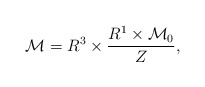
\begin{align*}{\cal M } = R^3 \times \frac{R^1 \times {\cal M}_0}{Z} , \end{align*}